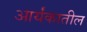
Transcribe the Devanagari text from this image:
आर्यंकातील